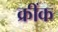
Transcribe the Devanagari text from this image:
क्रींक